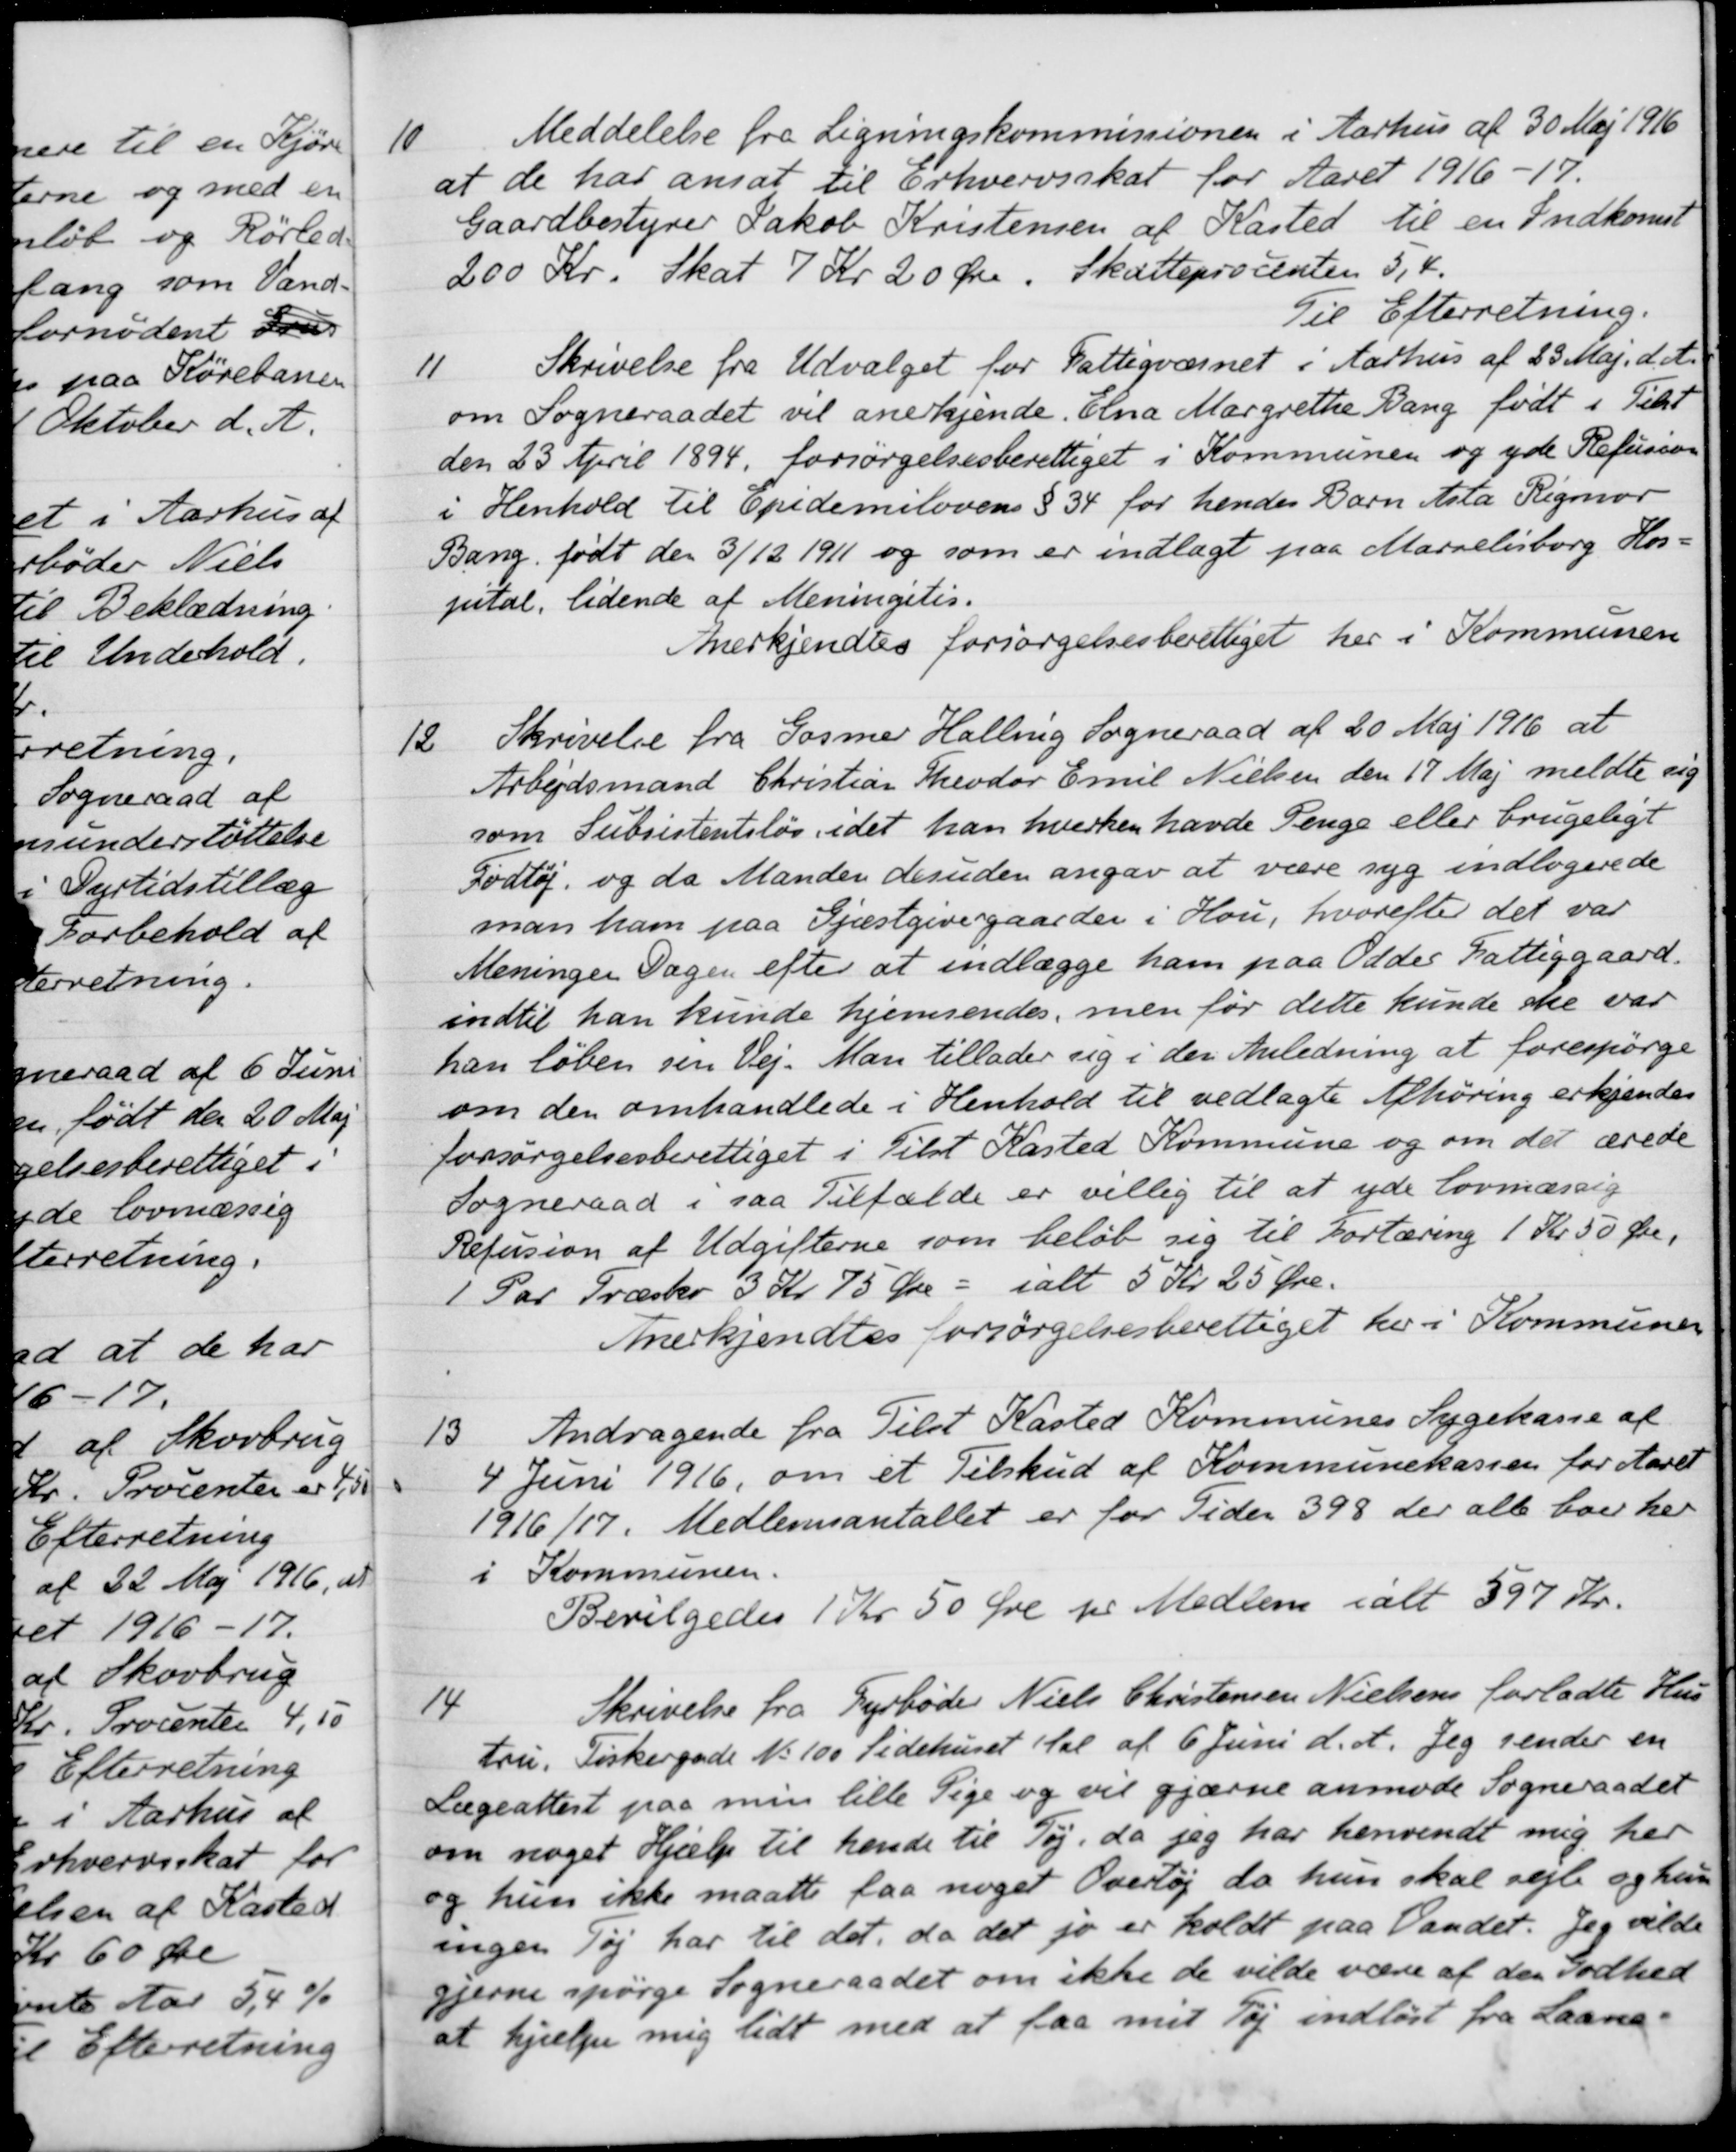
Transskription:
10
Meddelelse fra Ligningskommissionen i Aarhus af 30 Maj 1916
at de har ansat til Erhvervsskat for Aaret 1916-17.
Gaardbestyrer Jakob Kristensen af Kasted til en Indkomst
200 Kr. Skat 7 Kr 20 Øre. Skatteprocenten 5, 4,
Til Efterretning.
11
Skrivelse fra Udvalget for Fattigvæsnet i Aarhus af 23 Maj d. A.
om Sogneraadet vil anerkjende, Elna Margrethe Bang født i Tilst
den 23 April 1894, forsørgelsesberettiget i Kommunen og yde Refusion
i Henhold til Epidemilovens § 34 for hendes Barn Asta Rigmor
Bang, født den 3/12 1911 og som er indlagt paa Marvelisborg Hos-
pital, lidende af Meningstis.
Anerkjendtes forsørgelsesberettiget her i Kommunen
12
Skrivelse fra Gosmer Halling Sogneraad af 20 Maj 1916 at
Arbejdsmand Christian Theodor Emil Nielsen den 17 Maj meldte sig
som Subsistentsløs, idet han hverken havde Penge eller brugeligt
Fodtøj, og da Manden desuden angav at være syg indlagerede
man ham paa Gjæstgivergaarden i Hou, hvorefter det var
Meningen Dagen efter at indlægge ham paa Odder Fattiggaard.
indtil han kunde hjemsendes, men før dette kunde ske var
han løben sen Vej. Man tillader sig i den Anledning at forespørge
om den omhandlede i Henhold til vedlagte Afhøring erkjendes
forsørgelsesberettiget i Tilst Kasted Kommune og om det ærede
Sogneraad i saa Tilfælde er villig til at yde lovmæssig
Refusion af Udgifterne som beløb sig til Fortæring 1 Kr 50 Øre,
1 Par Træske 3 Kr 75 Øre - ialt 5 Kr. 25 Øre.
Anerkjendtes forsørgelsesberettiget her i Kommunen
13
Andragende fra Tilst Kasted Kommunes Sygekasse af
4 Juni 1916 om et Tilskud af Kommunekassen for Aaret
1916/17. Medlemsantallet er for Tiden 398 der alle boer her
i Kommunen.
Bevilgedes 1 Kr 50 Øre pr Medlem i alt 597 Kr.
14
Skrivelse fra Fyrbøder Niels Christensen Nielsens forladte Hus-
tru. Fiskergade No 100 Sidehuset 1 Sal af 6 Juni d. A. Jeg sender en
Lægeattest paa min lille Pige og vil gjærne anmode Sogneraadet
om noget Hjælp til hende til Tøj, da jeg har henvendt mig her
og hun ikke maatte faa noget Overløj da hun skal sejle og hun
ingen Tøj har til det, da det jo er holdt paa Vandet. Jeg vilde
gjerne spørge Sogneraadet om ikke de vilde være af den Godhed
at hjælpe mig lidt med at faa mit Tøj indløst fra Laane-